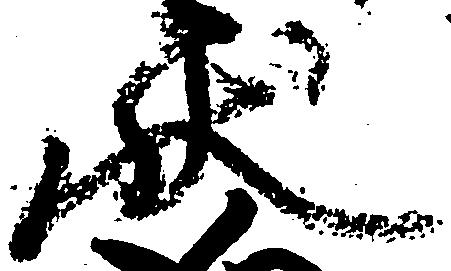
状